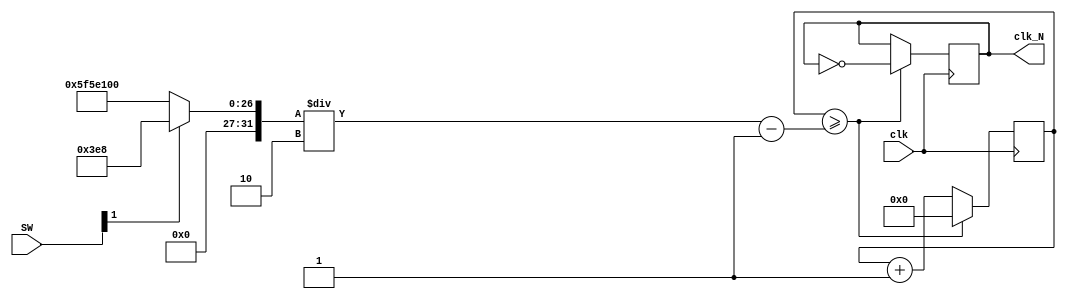
module divider(clk, clk_N, SW);
    input clk;
    input [2:0]SW;
    output reg clk_N;               
    integer N= 100_000_000;
    reg [31:0] counter;
           
    always @(posedge clk) begin 
        case(SW[1]) 
            1'b1: N = 1_000;
            default: N = 100_000_000;
        endcase
            counter<=counter+1;                   
            if(counter>=(N/2)-1) begin
                clk_N<=~clk_N;
                counter<=0;
        end
    end                           
endmodule
module tb;
    reg clk,start,rst,go;
    wire clk_N;
    wire [7:0]SEG,AN;
    test t(clk,start,rst,go,clk_N,SEG);
    initial begin
        clk=0;
        start=1;
        rst=0;
        go=0;
        #5 forever
        #1 clk=~clk;
    end

endmodule